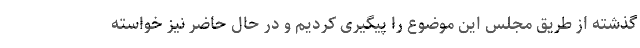
گذشته از طریق مجلس این موضوع را پیگیری کردیم و در حال حاضر نیز خواسته